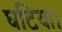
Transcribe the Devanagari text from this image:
घटिया।